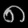
Digit: ၈